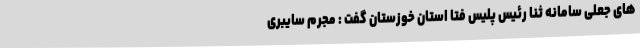
های جعلی سامانه ثنا رئیس پلیس فتا استان خوزستان گفت : مجرم سایبری